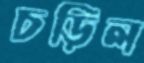
চড়িল